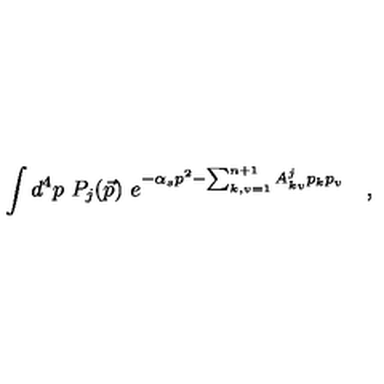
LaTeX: \int d ^ { 4 } p \ P _ { j } ( \vec { p } ) \ e ^ { - \alpha _ { s } p ^ { 2 } - \sum _ { k , v = 1 } ^ { n + 1 } A _ { k v } ^ { j } p _ { k } p _ { v } } \quad ,